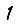
Digit: 1